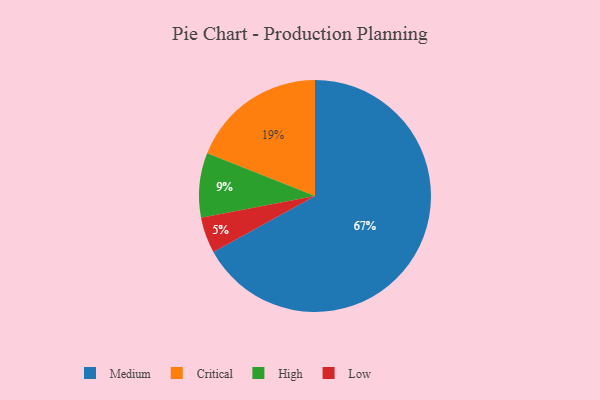
{"axis": {"x": "Category", "y": "Percentage"}, "legend": ["Critical", "High", "Low", "Medium"], "data": [{"x": "Critical", "y": 19, "type": "Critical"}, {"x": "Medium", "y": 67, "type": "Medium"}, {"x": "High", "y": 9, "type": "High"}, {"x": "Low", "y": 5, "type": "Low"}]}